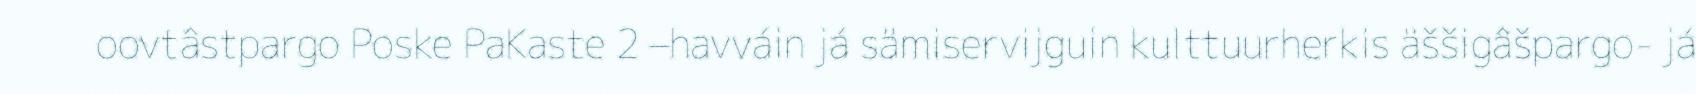
oovtâstpargo Poske PaKaste 2 –havváin já sämiservijguin kulttuurherkis äššigâšpargo- já